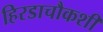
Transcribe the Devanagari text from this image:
हिरडाचौकशी